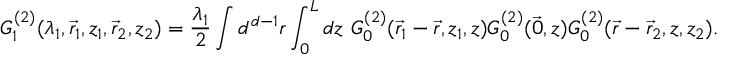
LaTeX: G _ { 1 } ^ { ( 2 ) } ( \lambda _ { 1 } , \vec { r } _ { 1 } , z _ { 1 } , \vec { r } _ { 2 } , z _ { 2 } ) = \frac { \lambda _ { 1 } } { 2 } \int { } d ^ { d - 1 } r \int _ { 0 } ^ { L } d z \, \, G _ { 0 } ^ { ( 2 ) } ( \vec { r } _ { 1 } - \vec { r } , z _ { 1 } , z ) G _ { 0 } ^ { ( 2 ) } ( \vec { 0 } , z ) G _ { 0 } ^ { ( 2 ) } ( \vec { r } - \vec { r } _ { 2 } , z , z _ { 2 } ) .